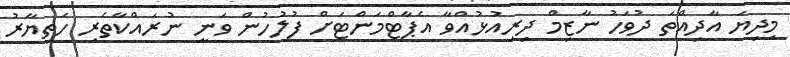
މިދިޔަ އާދިއްތަ ދުވަހު ނާޒިމް ދިރިއުޅުއްވާ އެޕާޓްމަންޓަށް ފުލުހުން ވަނީ ނުރައްކާތެރި ހަތިޔާރު